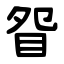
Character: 眢